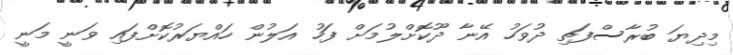
މިދިޔަ ބުރާސްފަތި ދުވަހު އޭނާ ދޫކޮށްލުމަށް ފަހު އަލުން ހައްޔަރުކޮށްފައި ވަނީ މަނީ